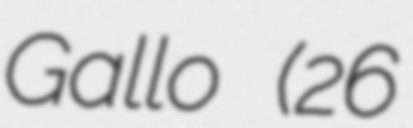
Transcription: Gallo (26